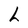
Character: L